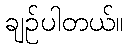
ချဉ်ပါတယ်။